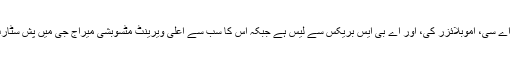
یہ گاڑی ڈیول ایئر بیگز، کلائیمیٹ کنٹرول اے سی، اموبلائزر کی، اور اے بی ایس بریکس سے لیس ہے جبکہ اس کا سب سے اعلی ویرینٹ مٹسوبشی میراج جی میں پش سٹارٹ بٹن اور ایکو آئیڈل سٹاپ بھی موجود ہے۔